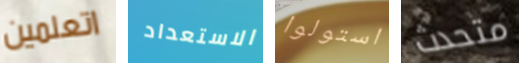
اتعلمين الاستعداد استولوا متحدث